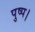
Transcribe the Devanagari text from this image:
पुष्प।